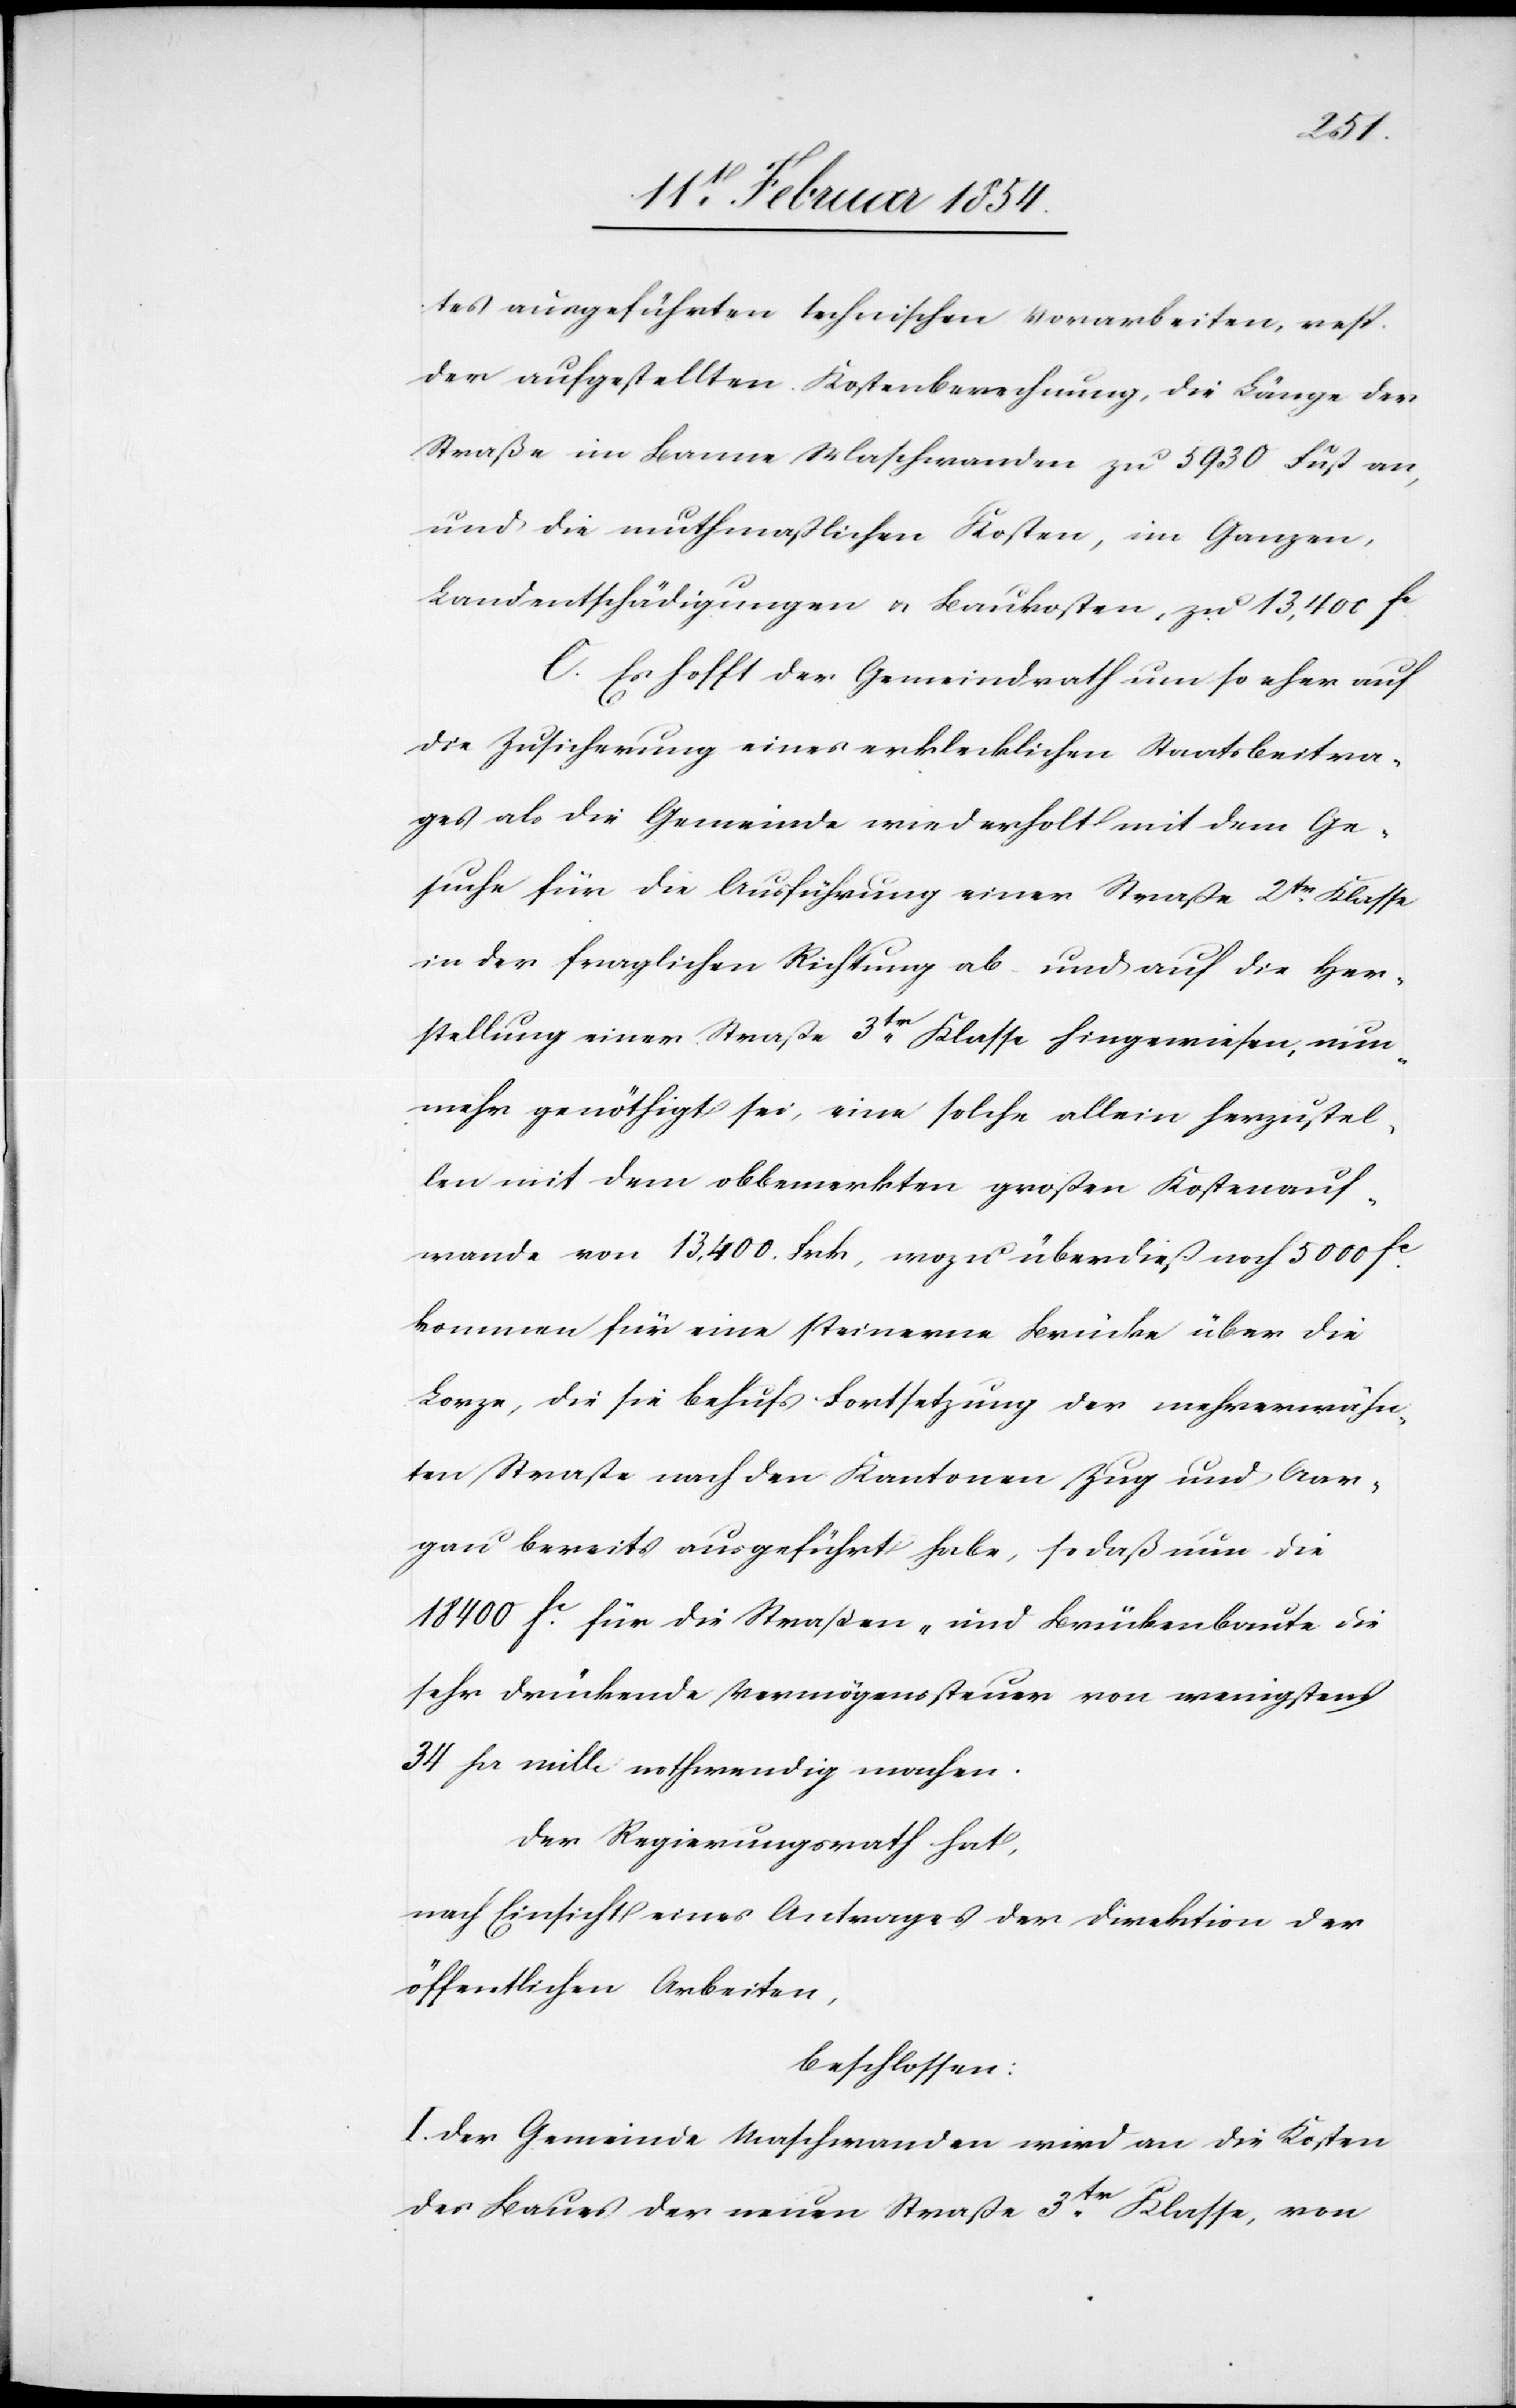
tes ausgeführten technischen Vorarbeiten, resp.
der aufgestellten Kostenberechnung, die Länge der
Straße im Banne Maschwanden zu 5930 Fuß an,
und die muthmaßlichen Kosten, im Ganzen,
Landentschädigungen u. Baukosten, zu 13,400 Fc.
C. Es hofft der Gemeindrath um so eher auf
die Zusicherung eines erklecklichen Staatsbeitra¬
ges al die Gemeinde wiederholt mit dem Ge¬
suche für die Ausführung einer Straße 2tr Klasse
in der fraglichen Richtung ab und auf die Her¬
stellung einer Straße 3tr Klasse hingewiesen, nun¬
mehr genöthigt sei, eine solche allein herzustel¬
len mit dem obbemerkten großen Kostenauf¬
wande von 13,400. Frk, wozu überdieß noch 5000 Fc
kommen für eine steinerne Brücke über die
Lorze, die sie behufs Fortsetzung der mehrerwähn¬
ten Straße nach den Kantonen Zug und Aar¬
gau bereits ausgeführt habe, so daß nun die
18 400 Fc für die Straßen- und Brückenbaute die
sehr drückende Vermögenssteuer von wenigstens
34 pr mille nothwendig machen.
Der Regierungsrath hat,
nach Einsicht eines Antrages der Direktion der
öffentlichen Arbeiten,
beschlossen:
I. Der Gemeinde Maschwanden wird an die Kosten
des Baues der neuen Straße 3tr Klasse, von